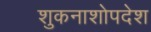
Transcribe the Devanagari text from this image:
शुकनाशोपदेश